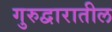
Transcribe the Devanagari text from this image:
गुरुद्वारातील